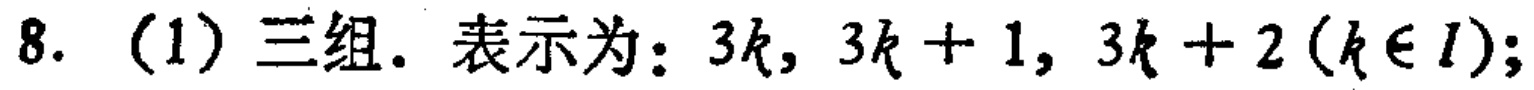
8. (1) 三组. 表示为: \(3k,3k + 1,3k + 2(k\in I)\);